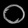
Digit: ၀